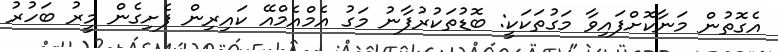
އެގޮތުން މަނާކޮށްފައިވާ މަގުތަކަކީ: ބޮޑުތަކުރުފާނު މަގު އެމްއެމްއޭ ކައިރިން ފެށިގެން މީރު ބަހުރު